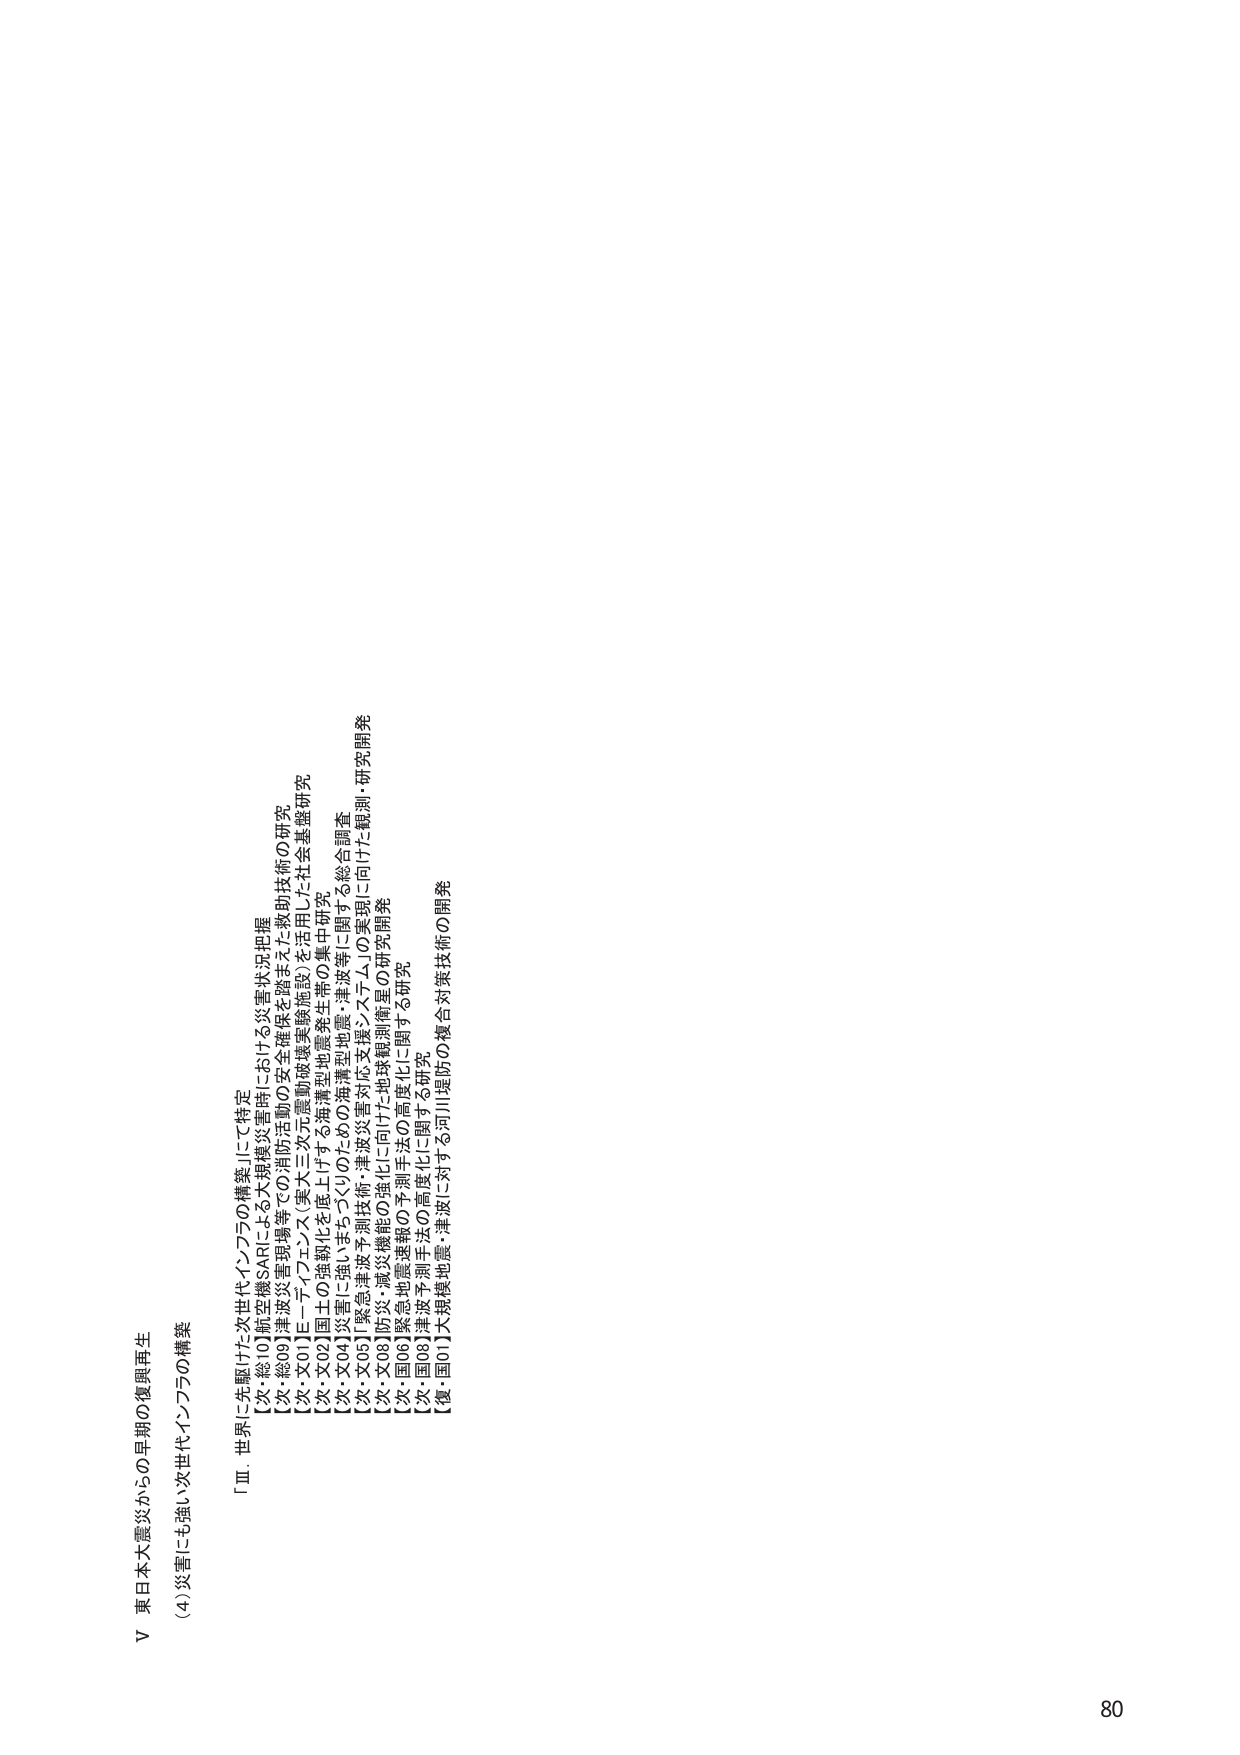
V 東日本大震災からの早期の復興再生
(4) 災害にも強い次世代インフラの構築

「Ⅲ. 世界に先駆けた次世代インフラの構築」にて特定
【次・総01】航空機SARによる大規模災害時における災害状況把握
【次・総09】津波防災事例等での消防活動の安全確保を踏まえた救助技術の研究
【次・文01】E-フィリエス（東大三次元震動破壊実験施設）を活用した社会基盤研究
【次・文02】国土の強靭化を底上げする海溝型地震発生帯の集中研究
【次・文04】災害に強いまちづくりのための海溝型地震・津波等に関する総合調査
【次・文05】緊急津波予測技術・津波災害対応支援システムの実現に向けた観測・研究開発
【次・文08】防災・減災機能の強化に向けた地球観測衛星の研究開発
【次・国06】緊急地震速報の予測手法の高度化に関する研究
【次・国08】津波予測手法の高度化に関する研究
【復・国01】大規模地震・津波に対する河川堤防の複合対策技術の開発

80